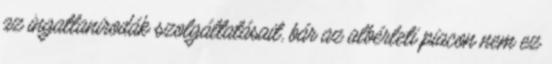
az ingatlanirodák szolgáltatásait, bár az albérleti piacon nem ez